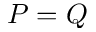
P = Q